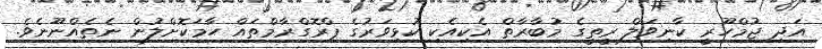
އަދި ޖުމްހޫރީ ކާނިވަލް ރީތީގެ މުބާރާތް އެކިއެކި ކުޅިވަރުގެ ޕްރޮގްރާމްތައް ހާމަކޮށްލުން ނެތެއްނޫނެވެ.